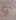
و